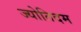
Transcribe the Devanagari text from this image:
ज्योतिदम